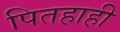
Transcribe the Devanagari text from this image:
पितहाही